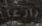
بارعا